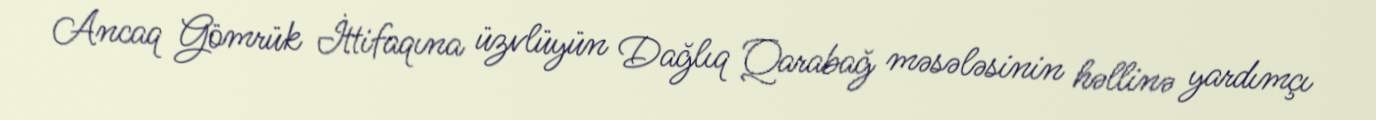
Ancaq Gömrük İttifaqına üzvlüyün Dağlıq Qarabağ məsələsinin həllinə yardımçı